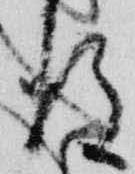
後